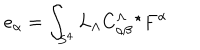
LaTeX: e _ { \alpha } = \int _ { S ^ { 4 } } L _ { \Lambda } C _ { \alpha \beta } ^ { \Lambda \ \ \star } F ^ { \alpha }